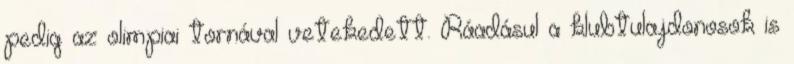
pedig az olimpiai tornával vetekedett. Ráadásul a klubtulajdonosok is